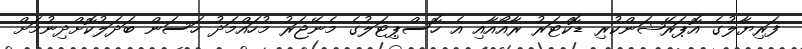
ފަރިޔާލުގެ އޮޕަރޭޝަންކުރި ޑޮކްޓަރު ރާއޯއާއި އެ ހޮސްޕިޓަލުގެ މެނޭޖަރު މުހައްމަދު ހަސަން ބަދަލުކޮށްދިނުމަށް